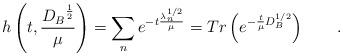
LaTeX: \begin{align*} h\left( t,\frac{{D_B}^{\frac12}}{\mu}\right)=\sum\limits_ne^{-t\frac{ \lambda _n^{1/2}}\mu }=Tr\left(e^{-\frac t\mu D_B^{1/2}}\right) \qquad.\end{align*}